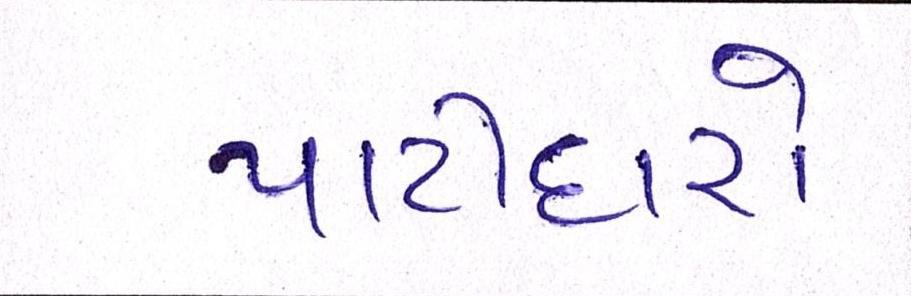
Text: પાટીદારો